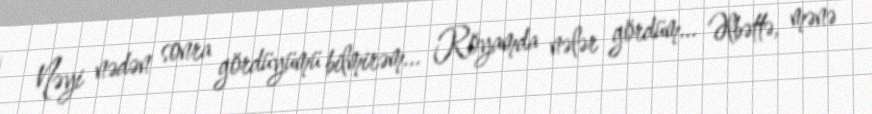
Nəyi nədən sonra gördüyümü bilmirəm... Röyamda nələr gördüm... Əlbəttə, mənə